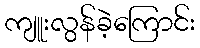
ကျူးလွန်ခဲ့ကြောင်း